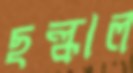
ছল্‌কাল